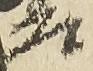
基